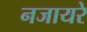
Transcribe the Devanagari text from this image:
नजायरे